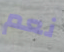
نعم